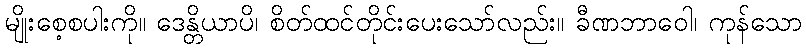
မျိုးစေ့စပါးကို။ ဒေန္တိယာပိ၊ စိတ်ထင်တိုင်းပေးသော်လည်း။ ခီဏဘာဝေါ၊ ကုန်သော